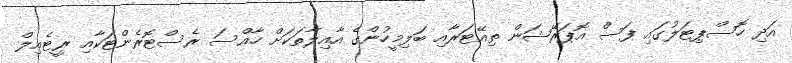
އަދި ހޮސްޕިޓަލުގައި ފަސް އޮޕަރޭޝަން ތިއޭޓަރާއި ބަލިމީހުންގެ އާއިލާތަކަށް ހާއްސަ ރެސްޓޮރެންޓަކާއި ރީޓެއިލް